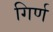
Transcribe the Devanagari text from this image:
गिर्ण